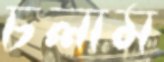
চলাম